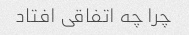
چرا چه اتفاقی افتاد